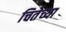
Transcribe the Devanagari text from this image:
चितेच्या